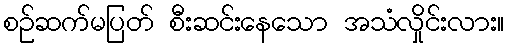
စဉ်ဆက်မပြတ် စီးဆင်းနေသော အသံလှိုင်းလား။